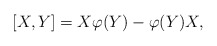
\begin{align*}[X,Y]=X\varphi(Y)-\varphi(Y)X,\end{align*}